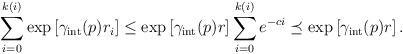
LaTeX: \begin{align*}\sum_{i=0}^{k(i)}\exp\left[\gamma_\mathrm{int}(p)r_i\right] \leq \exp\left[\gamma_\mathrm{int}(p)r\right] \sum_{i=0}^{k(i)} e^{-ci} \preceq \exp\left[\gamma_\mathrm{int}(p)r\right].\end{align*}